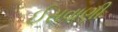
ઈસવાણી